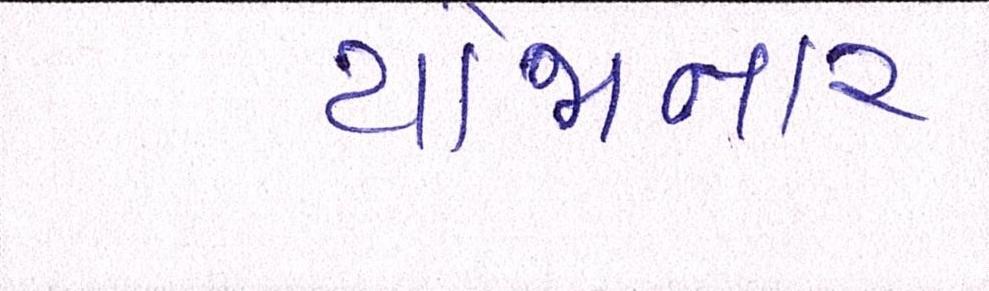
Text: યોજાનાર